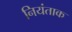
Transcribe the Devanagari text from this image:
नियंताक